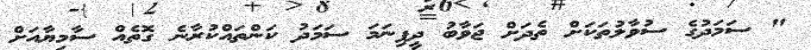
" ސަމަދުގެ ސުވާލުތަކަށް ތެދަށް ޖަވާބު ދީފިނަމަ ސަމަދު ކަންތައްކުރާނެ ގޮތެއް ސާމިޔާއަށް